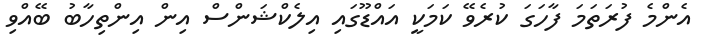
އެންމެ ފުރަތަމަ ފާހަގަ ކުރެވޭ ކަމަކީ އައްޑޫގައި އިލެކްޝަންސް އިން އިންތިހާބު ބޭއްވި